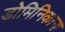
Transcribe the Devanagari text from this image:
डोमिनिकाना